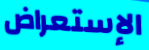
الإستعراض